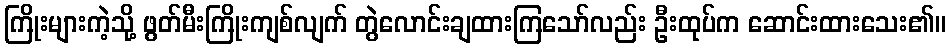
ကြိုးများကဲ့သို့ ဖွတ်မီးကြိုးကျစ်လျက် တွဲလောင်းချထားကြသော်လည်း ဦးထုပ်က ဆောင်းထားသေး၏။